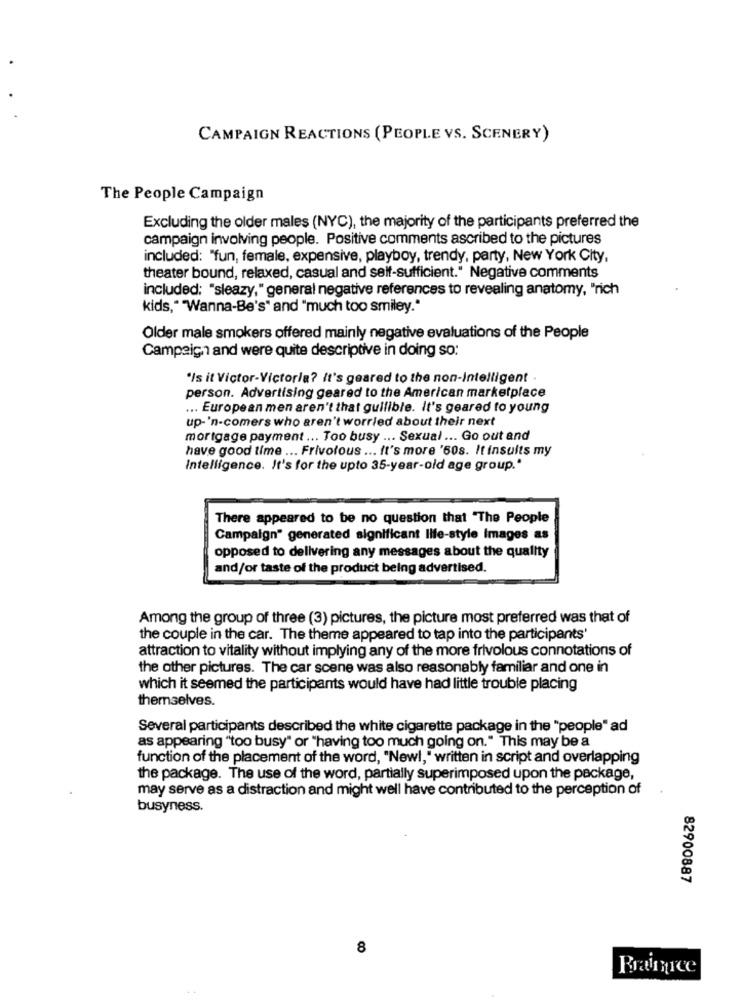
CAMPAIGN REACTIONS (PEOPLE VS. SCENERY)
The People Campaign
Excluding the older males (NYC), the majority of the participants preferred the
campaign involving people. Positive comments ascribed to the pictures
included: "fun, female, expensive, playboy, trendy, party, New York City,
theater bound, relaxed, casual and self-sufficient." Negative comments
included: "sleazy," general negative references to revealing anatomy, "rich
kids," "Wanna-Be's" and "much too smiley."
Older male smokers offered mainly negative evaluations of the People
Campaign and were quite descriptive in doing so:
"Is it Victor-Victoria? it's geared to the non-Intelligent
person. Advertising geared to the American marketplace
... European men aren't that guilible. It's geared to young
up-'n-comers who aren't worried about their next
mortgage payment ... Too busy ... Sexual ... Go out and
have good time ... Frivolous ... It's more '60s. It insults my
Intelligence. It's for the upto 35-year-old age group."
There appeared to be no question that "The People
Campaign" generated significant life-style Images as
opposed to delivering any messages about the quality
and/or taste of the product being advertised.
Among the group of three (3) pictures, the picture most preferred was that of
the couple in the car. The theme appeared to tap into the participants'
attraction to vitality without implying any of the more frivolous connotations of
the other pictures. The car scene was also reasonably familiar and one in
which it seemed the participants would have had little trouble placing
themselves.
Several participants described the white cigarette package in the "people" ad
as appearing "too busy" or "having too much going on." This may be a
function of the placement of the word, "Newl," written in script and overlapping
the package. The use of the word, partially superimposed upon the package,
may serve as a distraction and might well have contributed to the perception of
busyness.
82900887
8
Braince
. .